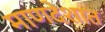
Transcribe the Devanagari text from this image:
माणदेशात